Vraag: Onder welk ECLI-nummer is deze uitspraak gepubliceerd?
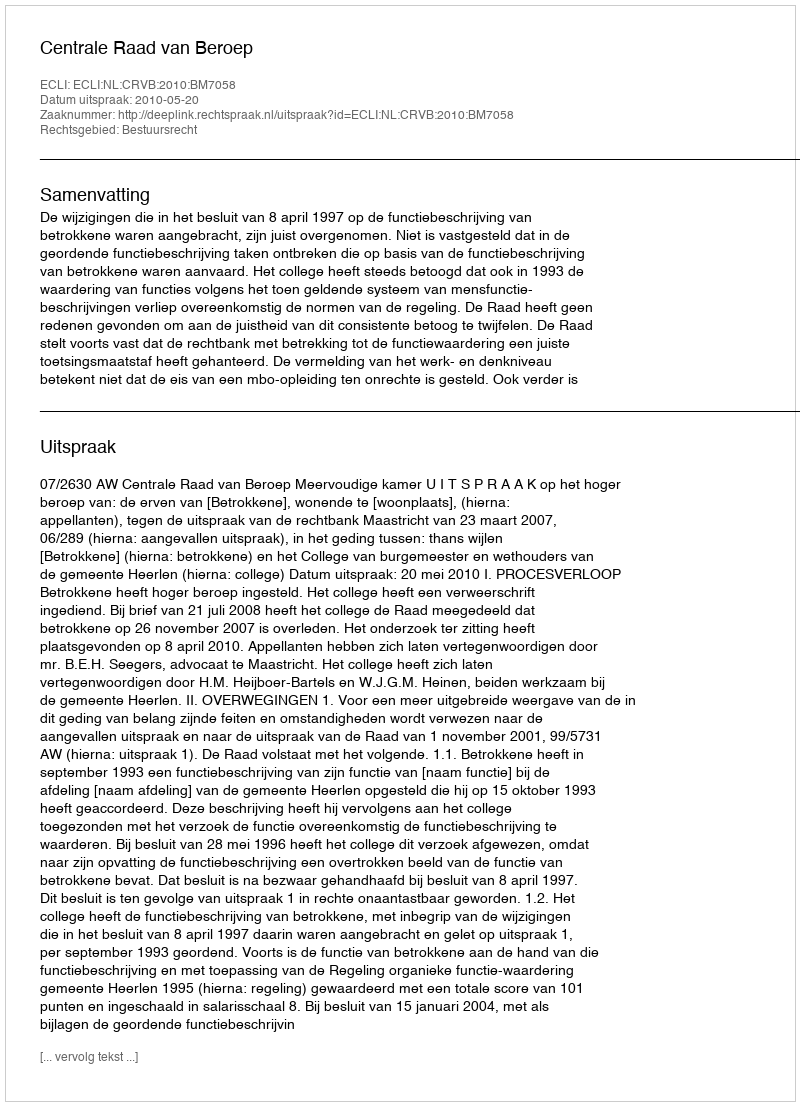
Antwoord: ECLI:NL:CRVB:2010:BM7058